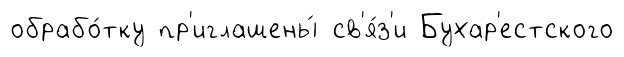
обрабо́тку пр'иглашены́ св'я́з'и Бухар'естского